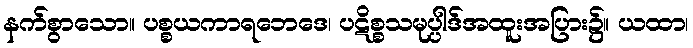
နက်စွာသော။ ပစ္စယကာရဘေဒေ၊ ပဋိစ္စသမုပ္ပါဒ်အထူးအပြား၌။ ယထာ၊